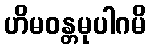
ဟိမဝန္တမုပါဂမိ